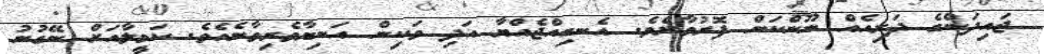
ޖައިދަންގެ ދަރިއެއް ނޫންކަން ފޮރުވާށެވެ. އެނގިއްޖެއްޔާ އަދި ވަކިން އަނިޔާވެރިވާނެއެވެ. ކަމީލާއަށް ނޭގުނު